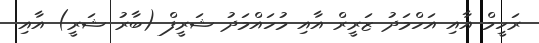
ރަހީމް އާއި އަހްމަދު ޒަރީރް އާއި މުހައްމަދު ޝަރީފް (ބާރު ޝަރީ) އާއި